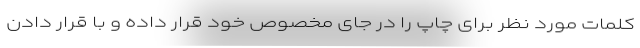
کلمات مورد نظر برای چاپ را در جای مخصوص خود قرار داده و با قرار دادن